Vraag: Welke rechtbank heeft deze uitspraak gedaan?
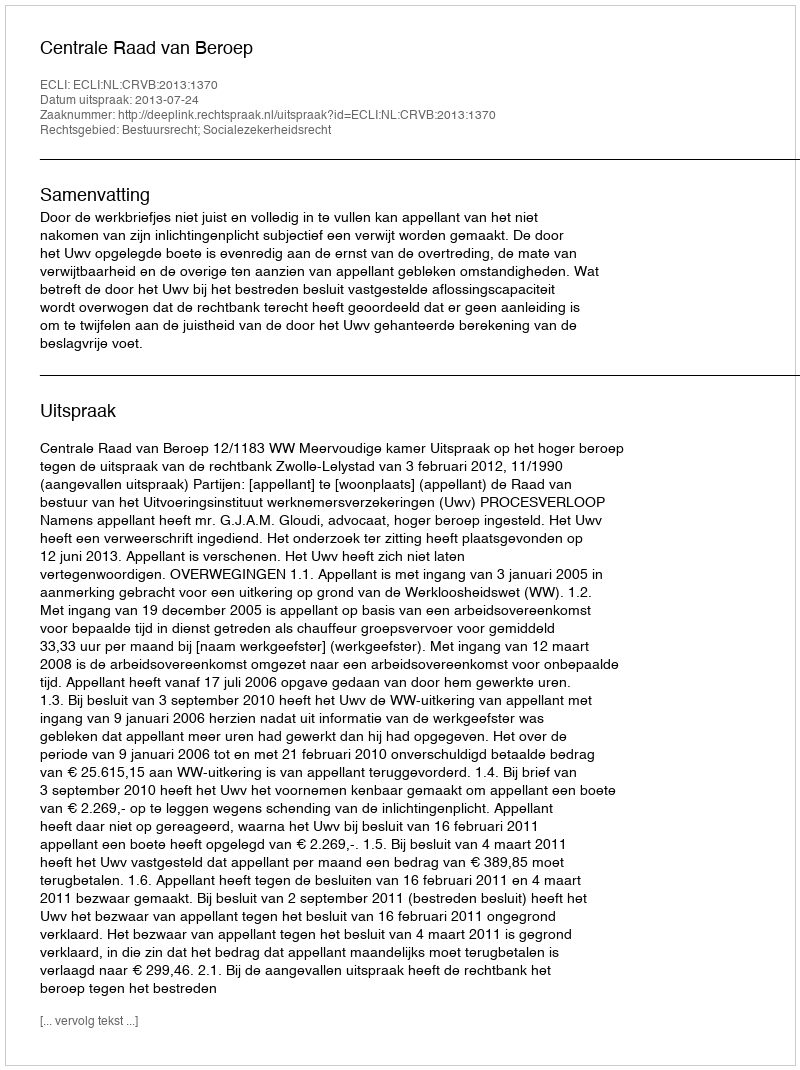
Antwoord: Centrale Raad van Beroep